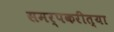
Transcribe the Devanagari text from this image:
समर्पकरीत्या